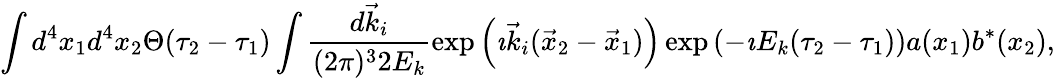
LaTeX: \int d^{4}x_{1}d^{4}x_{2}\Theta(\tau_{2}-\tau_{1})\int\frac{d{\vec{k}_{i}}}{(2\pi)^{3}2E_{k}}\exp\left(\imath{\vec{k}_{i}}({\vec{x}_{2}}-{\vec{x}_{1}})\right)\exp\left(-\imath E_{k}(\tau_{2}-\tau_{1})\right)a(x_{1})b^{*}(x_{2}),